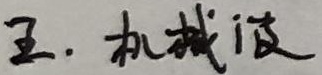
五. 机械波